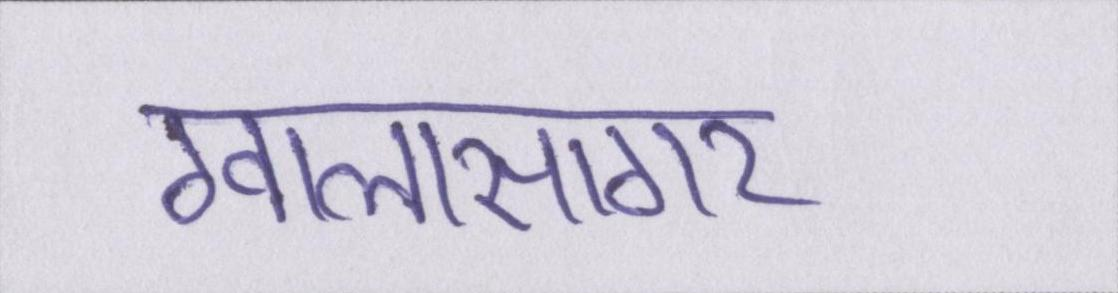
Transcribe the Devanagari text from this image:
ग्वालासागर